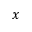
x